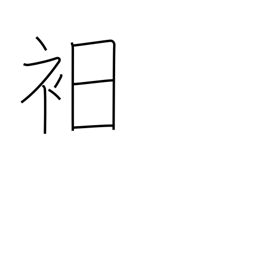
Meaning: underwear